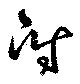
附